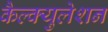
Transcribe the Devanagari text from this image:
कैल्क्युलेशन